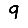
Digit: 9